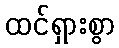
ထင်ရှားစွာ